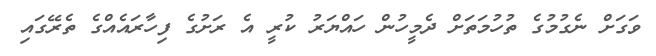
ވަގަށް ނެގުމުގެ ތުހުމަތަށް ދެމީހުން ހައްޔަރު ކުރީ އެ ރަށުގެ ފިހާރައެއްގެ ތެރޭގައި